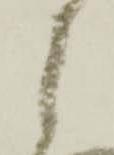
候